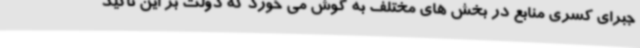
جبرای کسری منابع در بخش های مختلف به گوش می خورد که دولت بر این تاکید